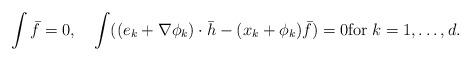
LaTeX: \begin{align*}\int \bar f=0,\quad\int((e_k+\nabla\phi_k)\cdot\bar h-(x_k+\phi_k)\bar f)=0\mbox{for}\;k=1,\ldots,d.\end{align*}